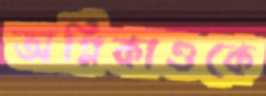
অগ্নিকাণ্ডকে